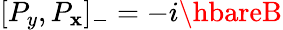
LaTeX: [P_{y},P_{\mathbf{x}}]_{-}=-i\hbareB